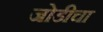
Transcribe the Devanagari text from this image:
जोडीचा